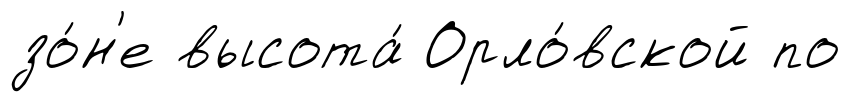
зо́н'е высота́ Орло́вской по